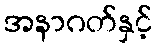
အနာဂတ်နှင့်